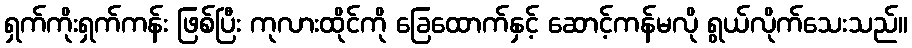
ရှက်ကိုးရှက်ကန်း ဖြစ်ပြီး ကုလားထိုင်ကို ခြေထောက်နှင့် ဆောင့်ကန်မလို ရွယ်လိုက်သေးသည်။